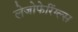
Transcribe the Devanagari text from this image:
लेजोफेरिंग्ल्स